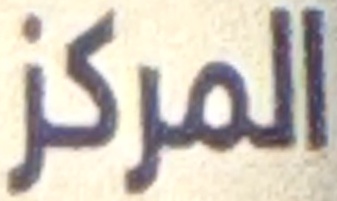
المركز